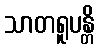
သာတရူပန္တိ